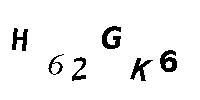
H62GK6